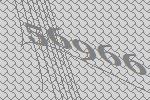
56966